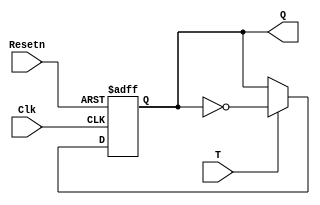
module tffneg(T, Clk, Resetn, Q);
input T, Clk, Resetn;
output reg Q;
always@(negedge Resetn or negedge Clk)
	if(!Resetn) 
		Q <= 0;
	else if(T)
		Q = ~Q;
endmodule